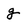
Character: g